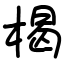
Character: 楬